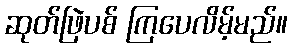
ဆုတ်ဖြဲပစ် ကြပေလိမ့်မည်။